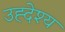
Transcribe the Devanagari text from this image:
उह्देश्य